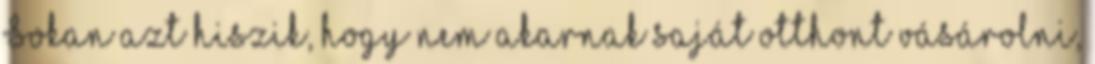
Sokan azt hiszik, hogy nem akarnak saját otthont vásárolni,